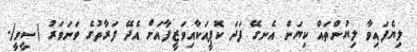
ލިޔެފައިވާ ލިޔުންތައް ކިޔަން އެނގޭ ފަދަ ކޮޕީއަކާއިވަޒީފާއަށް އެދޭ ފަރާތުގެ ވަނަވަރު (ސީވީ).